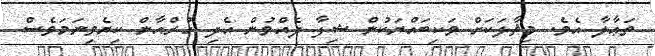
ތަޢާލާ އެވެ. މިޘާލަކަށް ވަކިބައްޔަކުން ޝިފާ ދެއްވުން އެދި ގުރްއާން ކިޔެވިނަމަވެސް